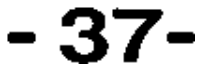
- 37-